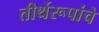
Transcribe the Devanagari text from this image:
तीर्थरूपांचे